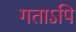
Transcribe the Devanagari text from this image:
गताऽपि